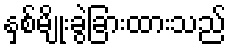
နှစ်မျိုးခွဲခြားထားသည်